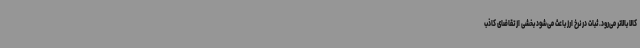
کالا بالاتر می‌رود. ثبات در نرخ ارز باعث می‌شود بخشی از تقاضای کاذب